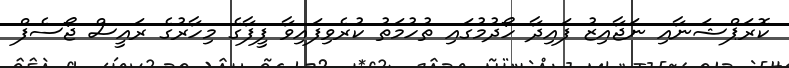
ކޮރަޕްޝަނާއި ނަޖާއިޒު ފައިދާ ހޯދުމުގައި ތުހުމަތު ކުރެވިފައިވާ ފީފާގެ މިހާރުގެ ރައީސް ޖޯސެފް